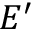
E ^ { \prime }